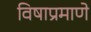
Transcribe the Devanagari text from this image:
विषाप्रमाणे